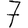
Digit: 7